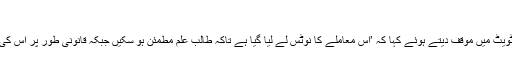
‘
سوشل میڈیا پر بحث چھڑنے کے بعد ڈپٹی کمشنر حمزہ شفقات نے اپنی ٹویٹ میں موقف دیتے ہوئے کہا کہ ’اس معاملے کا نوٹس لے لیا گیا ہے تاکہ طالب علم مطمئن ہو سکیں جبکہ قانونی طور پر اس کی گنجائش نہیں کہ کسی گھر، فلیٹ،اپارٹمنٹ یا پلازہ کو ہاسٹل بنایا جائے۔